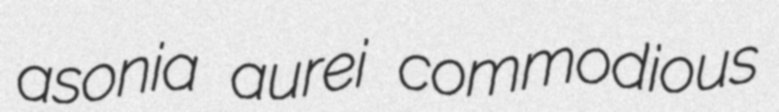
asonia aurei commodious